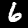
Digit: 6